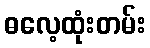
ဓလေ့ထုံးတမ်း